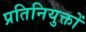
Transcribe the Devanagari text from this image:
प्रतिनियुक्तों